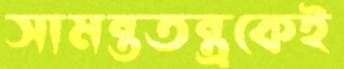
সামন্ততন্ত্রকেই